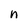
Character: n